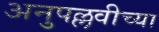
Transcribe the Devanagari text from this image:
अनुपल्लवीच्या